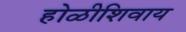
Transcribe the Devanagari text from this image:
होळीशिवाय